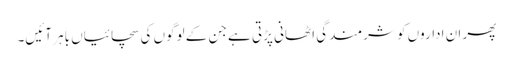
پھر ان اداروں کو شرمندگی اٹھانی پڑتی ہے جن کے لوگوں کی سچائیاں باہر آئیں۔